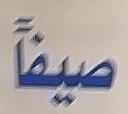
صيفاً